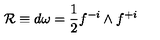
{ \cal R } \equiv d \omega = { \frac { 1 } { 2 } } f ^ { - i } \wedge f ^ { + i }